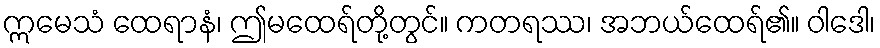
ဣမေသံ ထေရာနံ၊ ဤမထေရ်တို့တွင်။ ကတရဿ၊ အဘယ်ထေရ်၏။ ဝါဒေါ၊